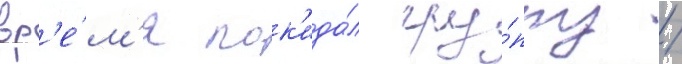
вр'е́м'я пок'ида́л гру́ппу /